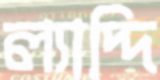
ল্যাদ্দি